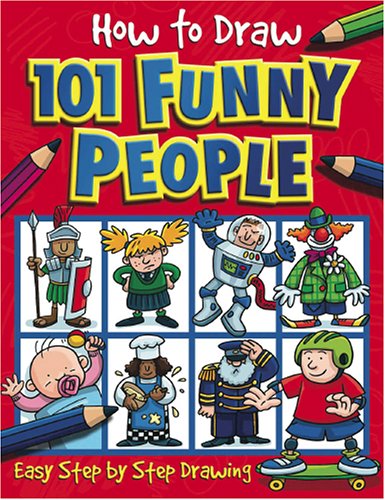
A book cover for How to Draw 101 Funny People (How to Draw); Children's Books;